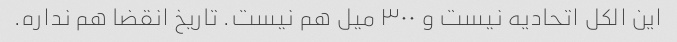
این الکل اتحادیه نیست و ۳۰۰ میل هم نیست. تاریخ انقضا هم نداره.